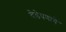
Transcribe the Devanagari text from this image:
वेडेपणाचे